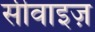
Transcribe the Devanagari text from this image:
सीवाइज़